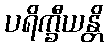
ပရိက္ခီယန္တိ